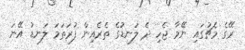
ރޭގެ މެޗުގައި ނޭމާ ޖެހި ދެ ލަނޑުގެ ތެރެއިން ފުރަތަމަ ލަނޑު އޭނަ